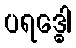
ပရဒ္ဓေါ